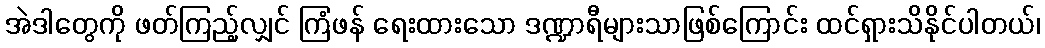
အဲဒါတွေကို ဖတ်ကြည့်လျှင် ကြံဖန် ရေးထားသော ဒဏ္ဍာရီများသာဖြစ်ကြောင်း ထင်ရှားသိနိုင်ပါတယ်၊